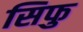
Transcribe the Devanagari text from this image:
सिफु